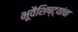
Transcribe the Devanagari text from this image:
भूवैशिष्ट्यांचा